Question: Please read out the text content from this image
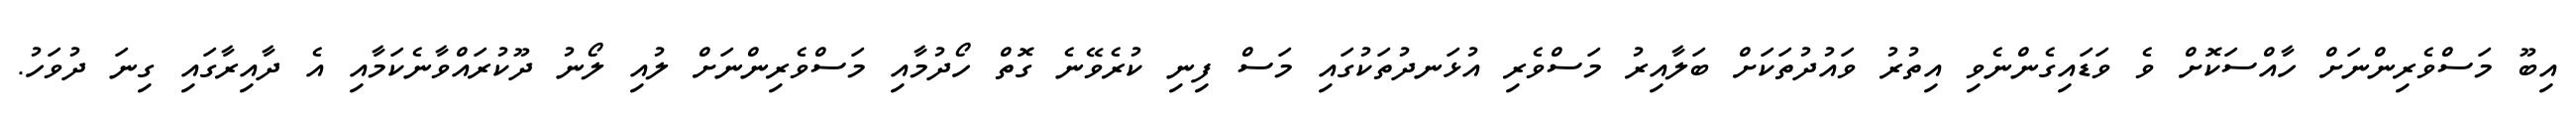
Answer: އިބޫ މަސްވެރިންނަށް ހާއްސަކޮށް ވެ ވަޑައިގެންނެވި އިތުރު ވައުދުތަކަށް ބަލާއިރު މަސްވެރި އުޅަނދުތަކުގައި މަސް ފިނި ކުރެވޭނެ ގޮތް ހޯދުމާއި މަސްވެރިންނަށް ލުއި ލޯނު ދޫކުރައްވާނެކަމާއި އެ ދާއިރާގައި ގިނަ ދުވަހު.